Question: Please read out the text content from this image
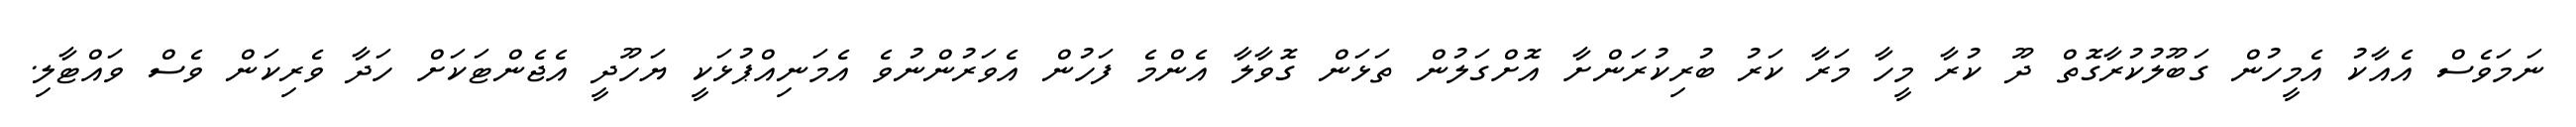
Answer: ނަމަވެސް އެއާކު އެމީހުން ގަބޫލުކުރާގޮތް ދޫ ކުރާ މީހާ މަރާ ކަރު ބުރިކުރަންށާ އޮށްގަލުން ތަޅަން ގޮވާލާ އެންމެ ފަހުން އެވަރުންނުވެ އެމަނިއްޕުޅަކީ ޔަހޫދީ އެޖެންޓަކަށް ހަދާ ވެރިކަން ވެސް ވައްޓާލި.